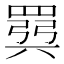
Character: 𫅈